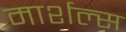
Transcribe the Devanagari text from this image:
मार्शल्स